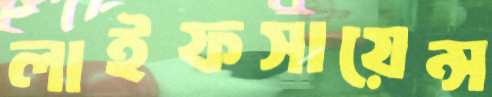
লাইফসায়েন্স